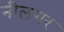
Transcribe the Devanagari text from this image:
नीलगर